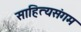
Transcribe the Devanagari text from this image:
साहित्यसंगम